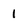
Character: 1